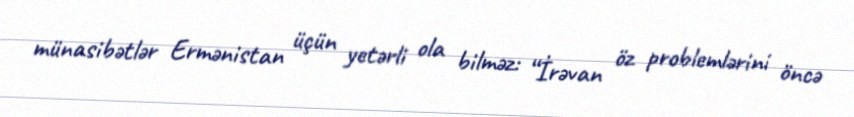
münasibətlər Ermənistan üçün yetərli ola bilməz: “İrəvan öz problemlərini öncə